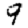
Digit: 9